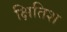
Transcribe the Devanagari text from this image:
क्षितिश